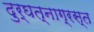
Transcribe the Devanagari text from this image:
दुर्घत्नाग्रस्त